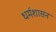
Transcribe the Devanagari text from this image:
धर्मशासन